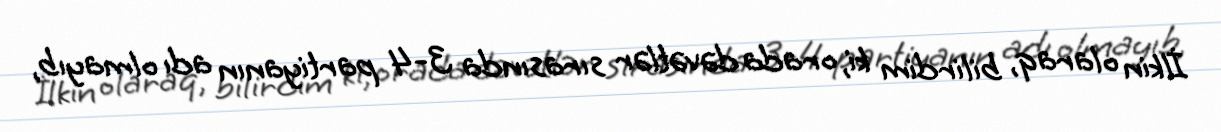
İlkin olaraq, bilirdim ki, orada dəvətlər sırasında 3-4 partiyanın adı olmayıb,